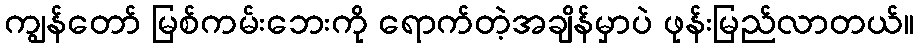
ကျွန်တော် မြစ်ကမ်းဘေးကို ရောက်တဲ့အချိန်မှာပဲ ဖုန်းမြည်လာတယ်။